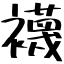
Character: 襪